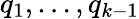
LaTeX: q_{1},\dots,q_{k-1}